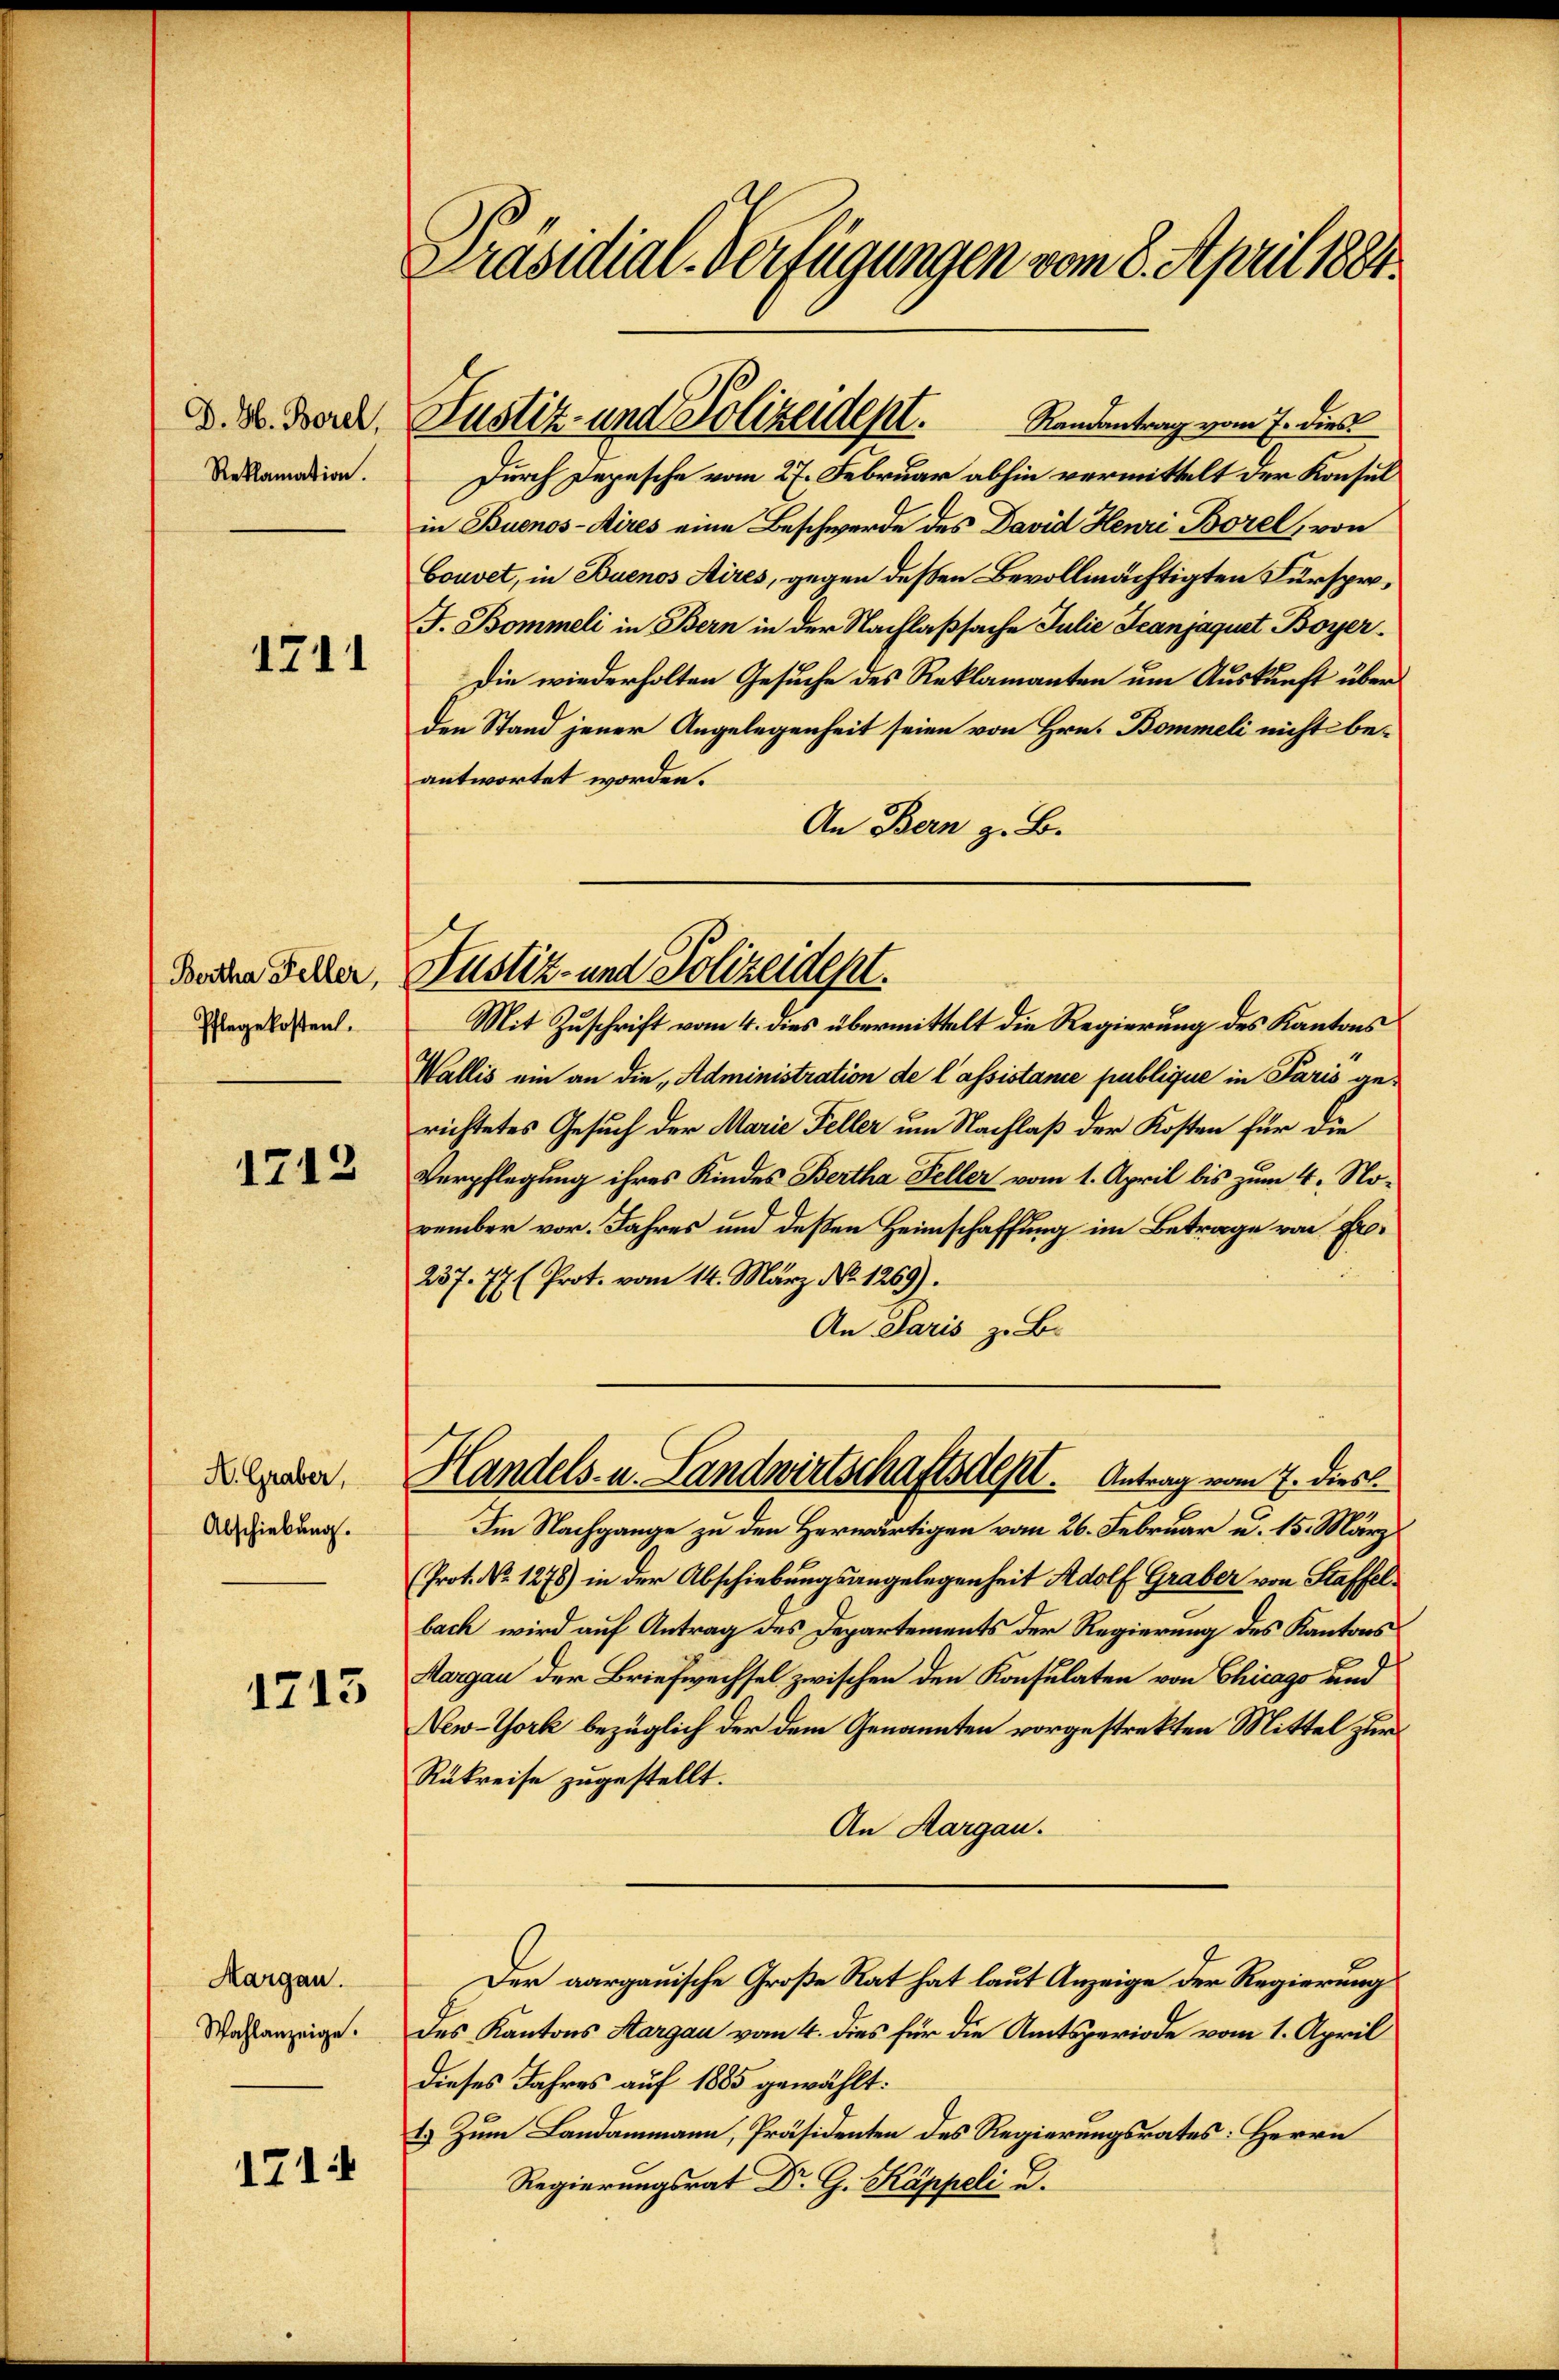
D. H. Borel,
Reklamation.

1711

Bertha Feller,
Pflegekosten.

1712

A. Graber,
Abschiebung.

1713

Margau.
Wahlanzeige.

1714

Präsidial-Verfügungen vom 8. April 1881.

Randantrag vom 7. dies
Durch Depesche vom 27. Februar abhin vermittelt der Konsul
in Buenos-Aires eine Beschwerde des David Henri Borel, von
Couvet, in Buenos Aires, gegen dessen Bevollmächtigten Fürspro¬
J. Bommeli in Bern in der Nachlaßsache Julie Jeanjaquet Boyer¬
Die wiederholten Gesuche des Reklamanten um Auskunft über
den Stand jener Angelegenheit seien von Hrn. Bommeli nicht be-
antwortet worden.
An Bern z. B.
Mit Zuschrift vom 4. dies übermittelt die Regierung des Kantons
Wallis ein an die „Administration de l’assistance publique in Paris gerichtetes Gesuch der Marie Feller um Nachlaß der Kosten für die
Verpflegung ihres Kindes Bertha Feller vom 1. April bis zum 4. November vor. Jahres und deßen Heimschaffung im Betrage von Fro¬
237. 77 (Prot. vom 14. März. No 1269).
An Paris z. B.
Handels- u. Landwirtschaftsdest. Antrag vom 7. dies
Im Nachgange zu den Herwärtigen vom 26. Februar u. 15. März
(Prot. No 1278) in der Abschiebungsangelegenheit Adolf Graber von Staffelbach wird auf Antrag des Departements der Regierung des Kantons
Aargau der Briefwechsel zwischen den Konsulaten von Chicago und
New-York bezüglich der dem Genannten vorgestrekten Mittel zur
Rükreise zugestellt.
An Aargau.
Der aargauische Große Rat hat laut Anzeige der Regierung
des Kantons Sargau vom 4. dies für die Amtsperiode vom 1. April
dieses Jahres auf 1885 gewählt:
1.) Zum Landammann, Präsidenten des Regierungsrates: Herrn
Regierungsrat Dr. G. Kappeli u.

Justiz- und Polizeidept.

Justiz- und Polizeident.